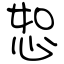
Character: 恕